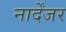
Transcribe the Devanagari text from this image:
नार्देंजर